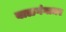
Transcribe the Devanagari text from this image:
बाळगंगाधर